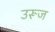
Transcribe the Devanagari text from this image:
उरूज